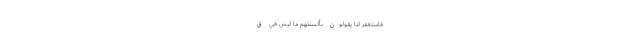
فَاسْتَغْفِرْ لَنَا يَقُولُونَ بِأَلْسِنَتِهِمْ مَا لَيْسَ فِي قُ